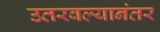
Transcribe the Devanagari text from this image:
उतरवल्यानंतर